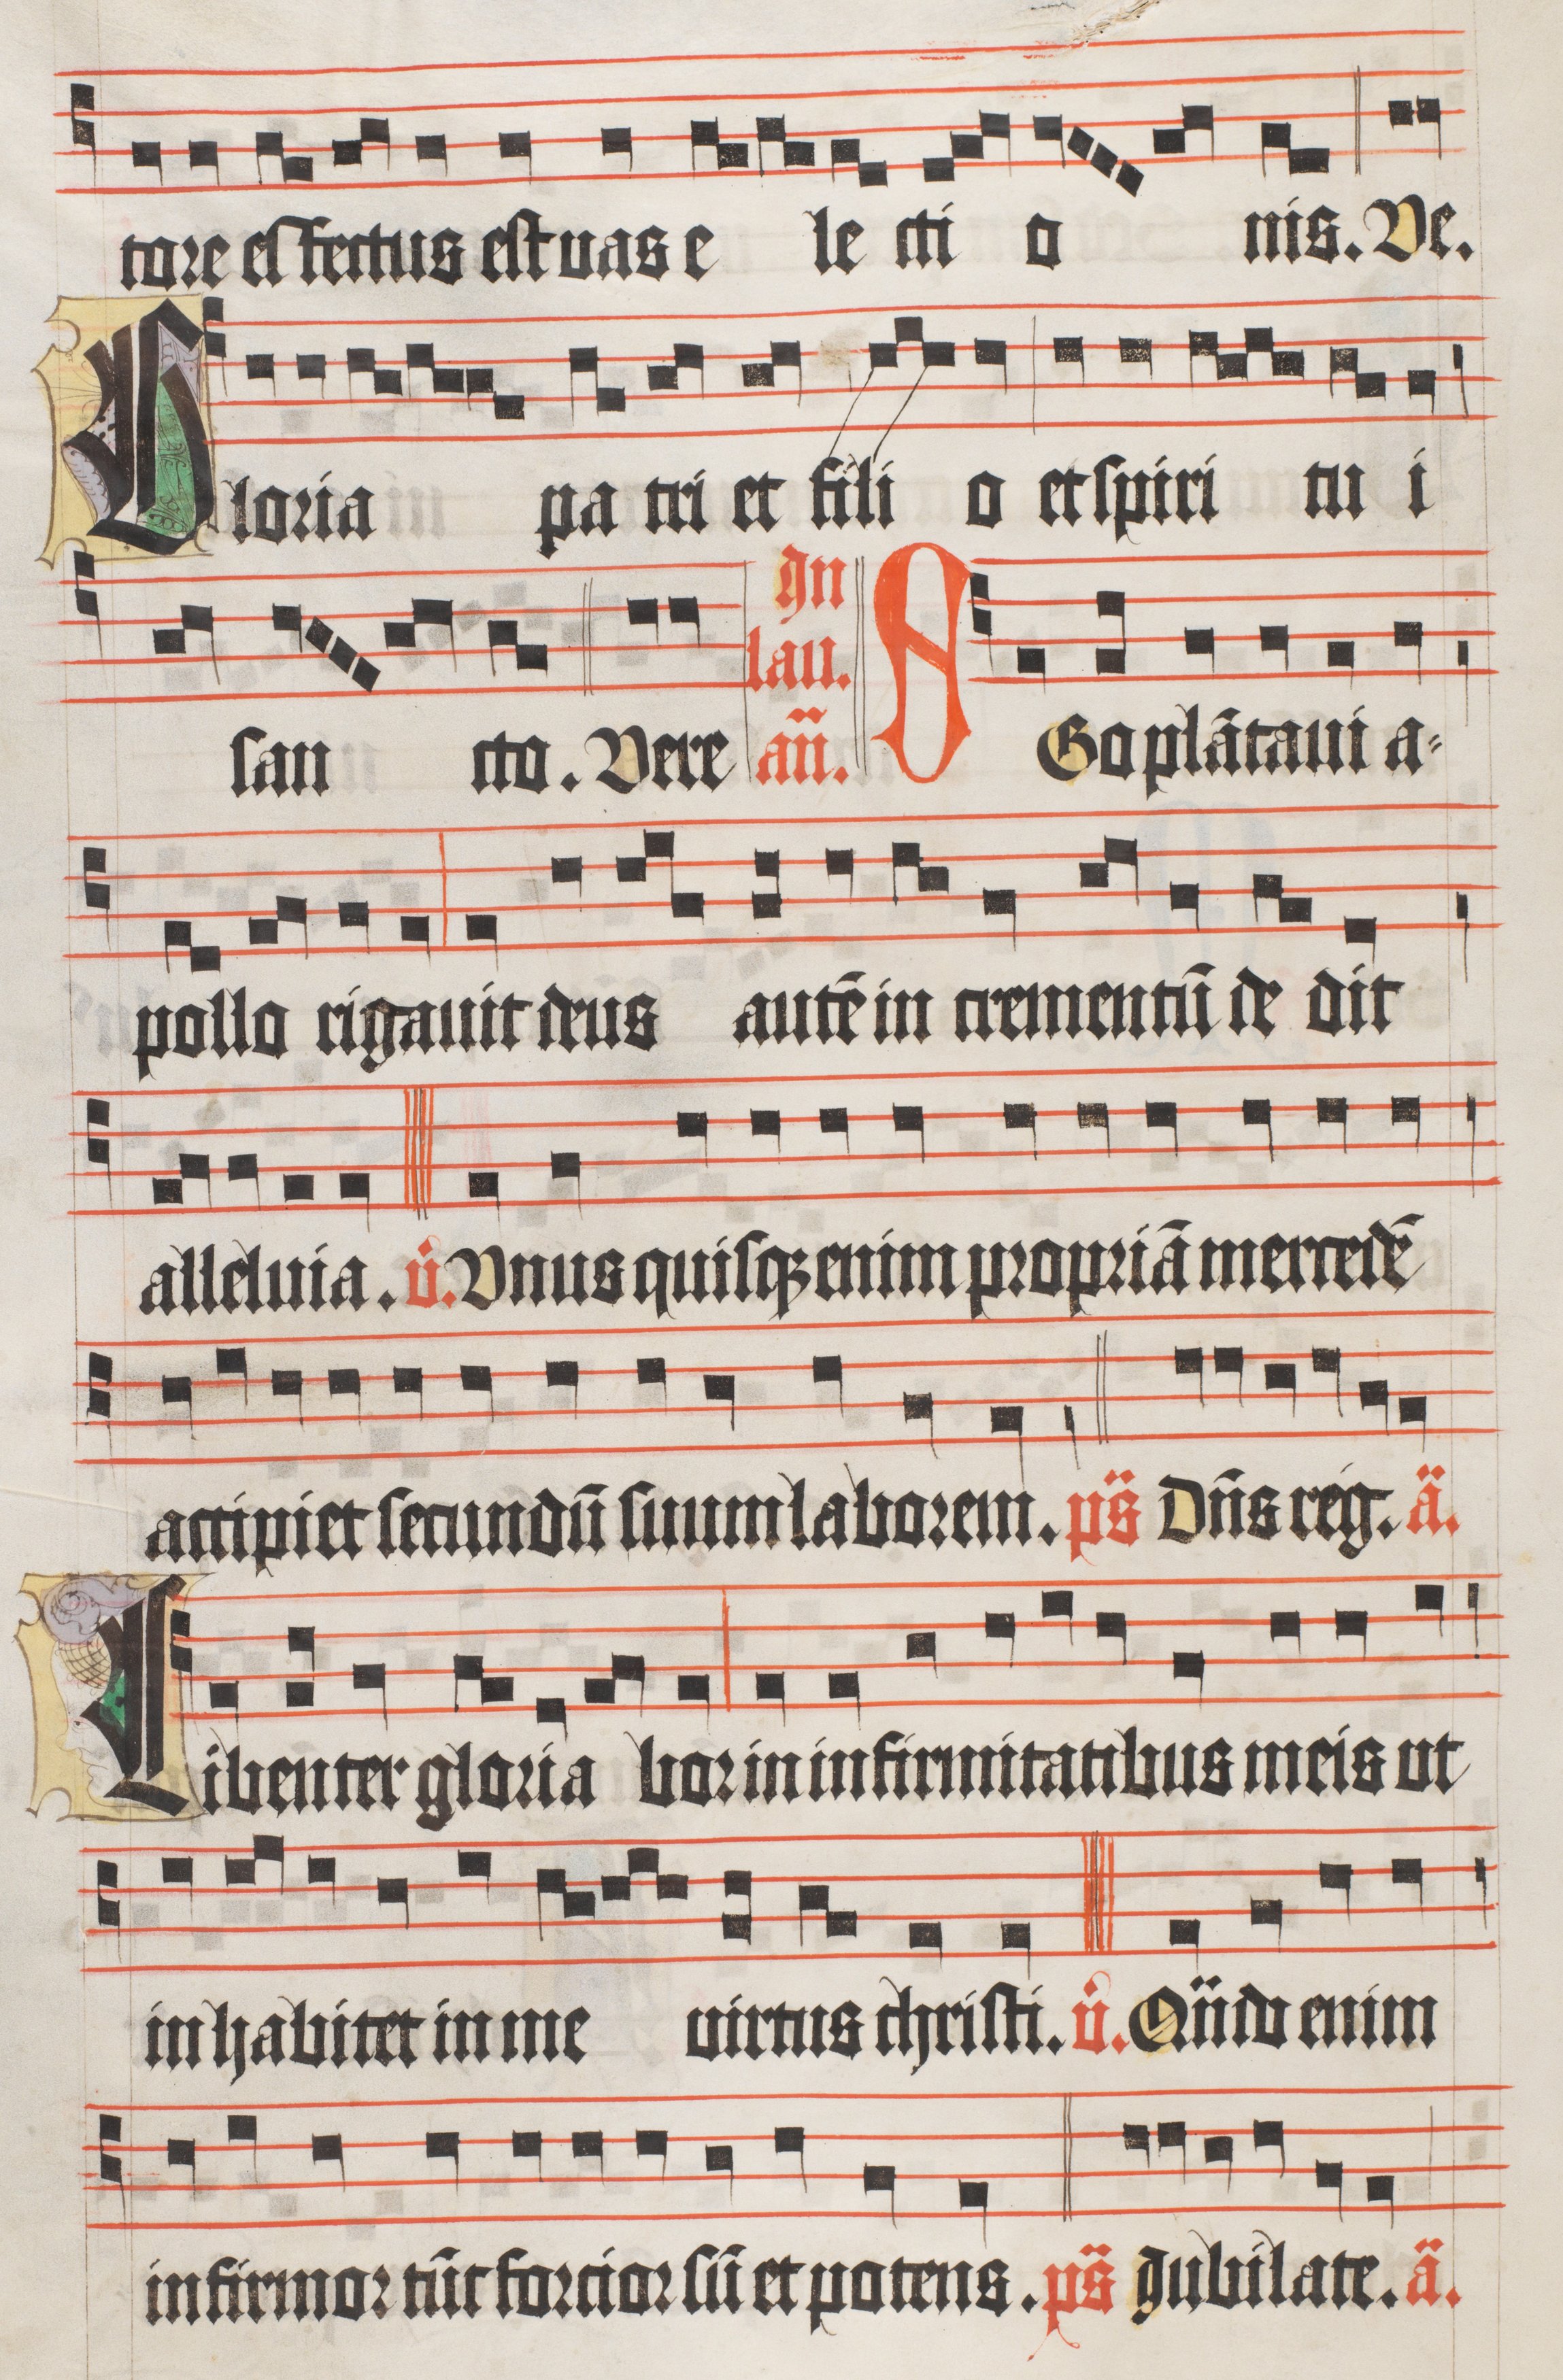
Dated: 1510–1517